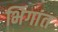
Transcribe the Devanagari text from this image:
भिंगांत